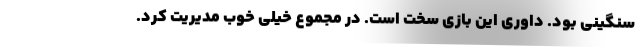
سنگینی بود. داوری این بازی سخت است. در مجموع خیلی خوب مدیریت کرد.